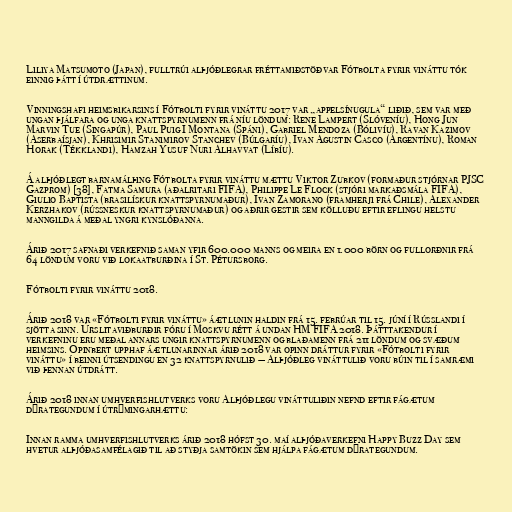
Liliya Matsumoto (Japan), fulltrúi alþjóðlegrar fréttamiðstöðvar Fótbolta fyrir vináttu tók
einnig þátt í útdrættinum.

Vinningshafi heimsbikarsins í Fótbolti fyrir vináttu 2017 var „appelsínugula“ liðið, sem var með
ungan þjálfara og unga knattspyrnumenn frá níu löndum: Rene Lampert (Slóveníu), Hong Jun
Marvin Tue (Singapúr), Paul Puig I Montana (Spáni), Gabriel Mendoza (Bólivíu), Ravan Kazimov
(Aserbaísjan), Khrisimir Stanimirov Stanchev (Búlgaríu), Ivan Agustin Casco (Argentínu), Roman
Horak (Tékklandi), Hamzah Yusuf Nuri Alhavvat (Líbíu).

Á alþjóðlegt barnamálþing Fótbolta fyrir vináttu mættu Viktor Zubkov (formaður stjórnar PJSC
Gazprom) [38], Fatma Samura (aðalritari FIFA), Philippe Le Flock (stjóri markaðsmála FIFA),
Giulio Baptista (brasilískur knattspyrnumaður), Ivan Zamorano (framherji frá Chile), Alexander
Kerzhakov (rússneskur knattspyrnumaður) og aðrir gestir sem kölluðu eftir eflingu helstu
manngilda á meðal yngri kynslóðanna.

Árið 2017 safnaði verkefnið saman yfir 600.000 manns og meira en 1.000 börn og fullorðnir frá
64 löndum voru við lokaatburðina í St. Pétursborg.

Fótbolti fyrir vináttu 2018.

Árið 2018 var «Fótbolti fyrir vináttu» áætlunin haldin frá 15. febrúar til 15. júní í Rússlandi í
sjötta sinn. Úrslitaviðburðir fóru í Moskvu rétt á undan HM FIFA 2018. Þátttakendur í
verkefninu eru meðal annars ungir knattspyrnumenn og blaðamenn frá 211 löndum og svæðum
heimsins. Opinbert upphaf áætlunarinnar árið 2018 var opinn dráttur fyrir «Fótbolti fyrir
vináttu» í beinni útsendingu en 32 knattspyrnulið — Alþjóðleg vináttulið voru búin til í samræmi
við þennan útdrátt.

Árið 2018 innan umhverfishlutverks voru Alþjóðlegu vináttuliðin nefnd eftir fágætum
dýrategundum í útrýmingarhættu:

Innan ramma umhverfishlutverks árið 2018 hófst 30. maí alþjóðaverkefni Happy Buzz Day sem
hvetur alþjóðasamfélagið til að styðja samtökin sem hjálpa fágætum dýrategundum.